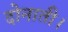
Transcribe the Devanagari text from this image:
दोनाती।